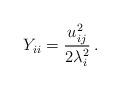
LaTeX: \begin{align*}Y_{ii}=\frac{u^2_{ij}}{2\lambda^2_i}\,.\end{align*}